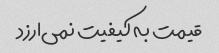
قیمت به کیفیت نمی‌ارزد